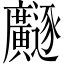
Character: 𫸐